Lunatic asylums Central Provinces reports 1895-1909 - 1895-1909
Year: 1895
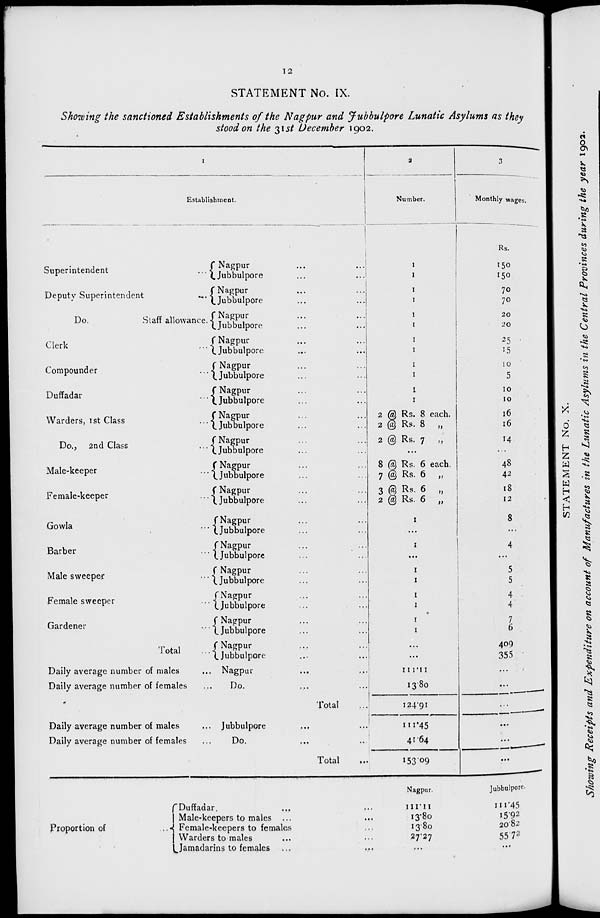
12
STATEMENT No. IX.
Showing the sanctioned Establishments of the Nagpur and Jubbulpore Lunatic Asylums as they
stood on the 31st December 1902.
1
Establishment.
Superintendent
...
Deputy Superintendent
...
Do.
Staff allowance.
Clerk ...
Compounder
...
Duffadar
...
Warders, 1st Class
...
Do., 2nd Class ...
Male-keeper ...
Female-keeper ...
Gowla ...
Barber ...
Male sweeper
...
Female sweeper ...
Gardener
...
Total ...
Daily average number of males
...
Daily average number of females
...
Nagpur ... ...
Jubbulpore ... ...
Nagpur ... ...
Jubbulpore ... ...
Nagpur ... ...
Jubbulpore ... ...
Nagpur ... ...
Jubbulpore ... ...
Nagpur ... ...
Jubbulpore ... ...
Nagpur ... ...
Jubbulpore ... ...
Nagpur ... ...
Jubbulpore ... ...
Nagpur ... ...
Jubbulpore ... ...
Nagpur ... ...
Jubbulpore ... ...
Nagpur ... ...
Jubbulpore ... ...
Nagpur ... ...
Jubbulpore ... ...
Nagpur ... ...
Jubbulpore ... ...
Nagpur ... ...
Jubbulpore ... ...
Nagpur ... ...
Jubbulpore ... ...
Nagpur ... ...
Jubbulpore ... ...
Nagpur ... ...
Jubbulpore ... ...
Nagpur ... ...
Do. ... ...
Total ...
Daily average number of males
...
Daily average number of females
...
Jubbulpore ...
Do. ...
Total
...
2
Number.
1
1
1
1
1
1
1
1
1
1
1
1
2 @ Rs. 8 each.
2 @ Rs. 8 „
2 @ Rs. 7 „
...
8 @ Rs. 6 each.
7 @ Rs. 6 „
3 @ Rs. 6 „
2 @ Rs. 6 „
1
...
1
...
1
1
1
1
1
1
...
...
111.11
13.80
124.91
111.45
41.64
153.09
3
Monthly wages.
Rs.150
150
70
70
20
20
25
15
10
5
10
10
16
16
14
...
48
42
18
12
8
...
4
...
5
5
4
4
7
6
409
355
...
...
...
...
...
...
Proportion of ...
Duffadar. ... ...
Male-keepers to males ... ...
Female-keepers to females ...
Warders to males ... ...
Jamadarins to females ... ...
Nagpur.
111.11
13.80
13.80
27.27
...
Jubbulpore.
111.45
15.92
20.82
55.72
...